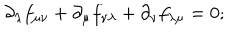
LaTeX: { \partial _ { \lambda } } f _ { \mu \nu } + { \partial _ { \mu } } f _ { \nu \lambda } + { \partial _ { \nu } } f _ { \lambda \mu } = 0 ;